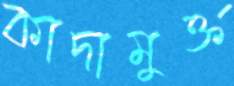
কাদামুক্ত